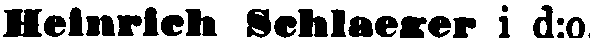
Heinrich Schlaeger i d:o.